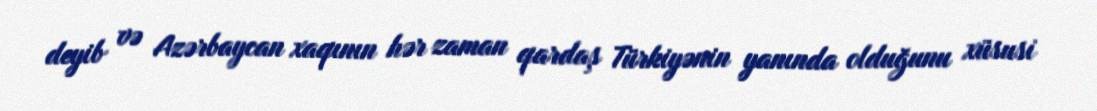
deyib və Azərbaycan xaqının hər zaman qardaş Türkiyənin yanında olduğunu xüsusi